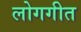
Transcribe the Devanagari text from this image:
लोगगीत